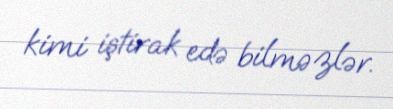
kimi iştirak edə bilməzlər.